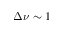
\Delta \nu \sim 1